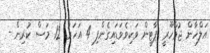
އަލްހާން ޖުމްހޫރީ ޕާޓީން ވަކިވެވަޑައިގެންފި 4 އަހަރު 12 މަސް ކުރިން -